Problem: 4 × 7 = ?
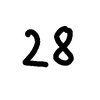
Handwritten answer: 28